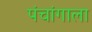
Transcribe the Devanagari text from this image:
पंचांगाला